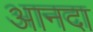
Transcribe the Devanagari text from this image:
आनदा